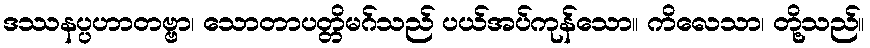
ဒဿနပ္ပဟာတဗ္ဗာ၊ သောတာပတ္တိမဂ်သည် ပယ်အပ်ကုန်သော။ ကိလေသာ၊ တို့သည်။